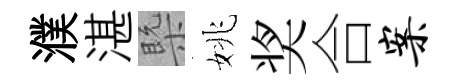
濮湛槩姚奖合案